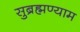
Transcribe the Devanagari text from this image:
सुब्रह्मण्याम